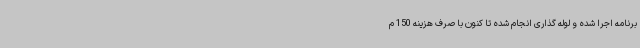
برنامه اجرا شده و لوله گذاری انجام شده تا کنون با صرف هزینه 150 م